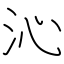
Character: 沁